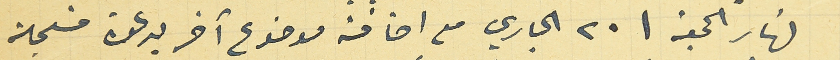
نهار الجمعة فى ٢٠ الجاري مع اضافة موضوع آخر بدعوة مسجلة